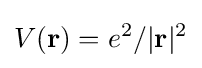
V(\mathbf {r} )=e^{2}/|\mathbf {r} |^{2}